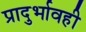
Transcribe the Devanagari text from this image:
प्रादुर्भावही